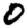
Digit: 0